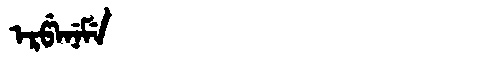
Manchu: ᡝᡵᡦᡝᠨᡝᠮᡝ
Romanization: ERPENEME